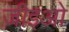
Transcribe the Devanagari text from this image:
जीइओ